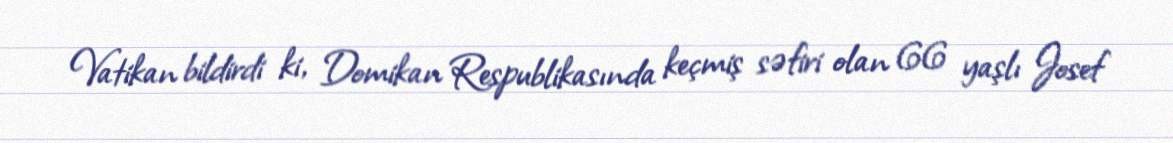
Vatikan bildirdi ki, Domikan Respublikasında keçmiş səfiri olan 66 yaşlı Josef